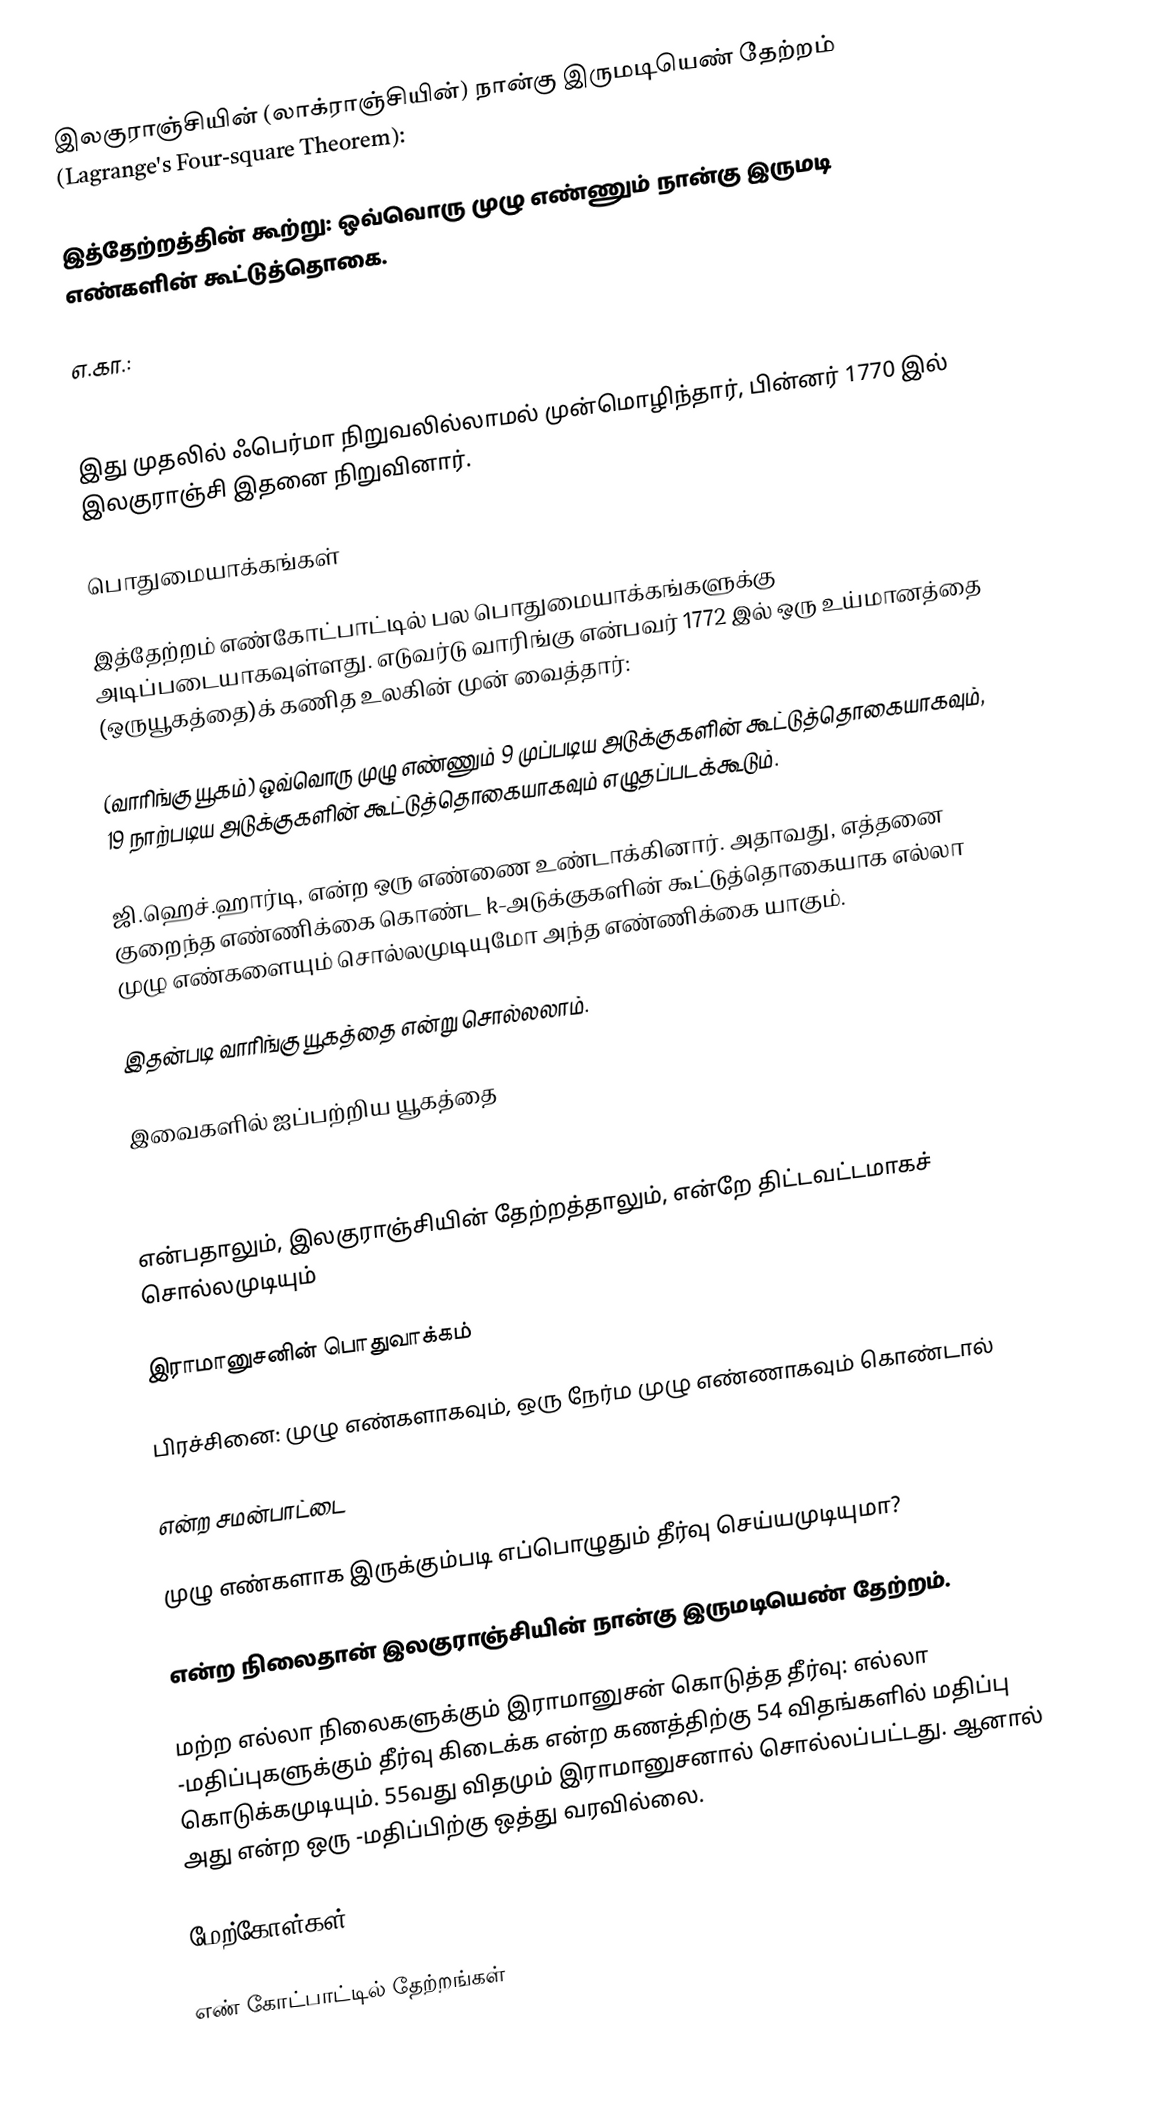
இலகுராஞ்சியின் (லாக்ராஞ்சியின்) நான்கு இருமடியெண் தேற்றம் (Lagrange's Four-square Theorem):

இத்தேற்றத்தின் கூற்று: ஒவ்வொரு முழு எண்ணும்  நான்கு இருமடி எண்களின் கூட்டுத்தொகை.

எ.கா.:

இது முதலில் ஃபெர்மா நிறுவலில்லாமல் முன்மொழிந்தார், பின்னர் 1770 இல் இலகுராஞ்சி இதனை நிறுவினார்.

பொதுமையாக்கங்கள்

இத்தேற்றம் எண்கோட்பாட்டில் பல பொதுமையாக்கங்களுக்கு அடிப்படையாகவுள்ளது. எடுவர்டு வாரிங்கு என்பவர் 1772 இல் ஒரு உய்மானத்தை (ஒருயூகத்தை)க் கணித உலகின் முன் வைத்தார்:

 (வாரிங்கு யூகம்) ஒவ்வொரு முழு எண்ணும் 9 முப்படிய அடுக்குகளின் கூட்டுத்தொகையாகவும், 19 நாற்படிய அடுக்குகளின் கூட்டுத்தொகையாகவும் எழுதப்படக்கூடும்.

ஜி.ஹெச்.ஹார்டி,  என்ற ஒரு எண்ணை உண்டாக்கினார். அதாவது, எத்தனை குறைந்த எண்ணிக்கை கொண்ட k-அடுக்குகளின் கூட்டுத்தொகையாக எல்லா முழு எண்களையும் சொல்லமுடியுமோ அந்த எண்ணிக்கை யாகும்.

இதன்படி வாரிங்கு யூகத்தை  என்று சொல்லலாம்.

இவைகளில்  ஐப்பற்றிய யூகத்தை

 7 = 4 + 1 + 1 + 1

என்பதாலும், இலகுராஞ்சியின் தேற்றத்தாலும்,  என்றே திட்டவட்டமாகச் சொல்லமுடியும்

இராமானுசனின் பொதுவாக்கம்

பிரச்சினை:  முழு எண்களாகவும், ஒரு நேர்ம முழு எண்ணாகவும் கொண்டால்

 என்ற சமன்பாட்டை

 முழு எண்களாக இருக்கும்படி எப்பொழுதும் தீர்வு செய்யமுடியுமா?

 என்ற நிலைதான் இலகுராஞ்சியின் நான்கு இருமடியெண் தேற்றம்.

மற்ற எல்லா நிலைகளுக்கும் இராமானுசன் கொடுத்த தீர்வு: எல்லா -மதிப்புகளுக்கும் தீர்வு கிடைக்க  என்ற கணத்திற்கு 54 விதங்களில் மதிப்பு கொடுக்கமுடியும். 55வது விதமும் இராமானுசனால் சொல்லப்பட்டது. ஆனால் அது  என்ற ஒரு -மதிப்பிற்கு ஒத்து வரவில்லை.

மேற்கோள்கள்

எண் கோட்பாட்டில் தேற்றங்கள்